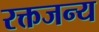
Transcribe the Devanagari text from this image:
रक्तजन्य